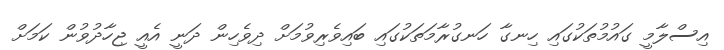
އިސްލާމީ ގައުމުތަކުގައި ހިނގާ ހަނގުރާމަތަކުގައި ބައިވެރިވުމަށް ދިވެހިން ދަނީ އެއީ ޖިހާދުވުން ކަމަށް